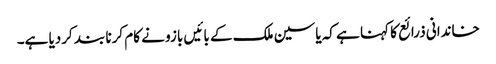
خاندانی ذرائع کا کہنا ہے کہ یاسین ملک کے بائیں بازو نے کام کرنا بند کردیا ہے۔